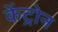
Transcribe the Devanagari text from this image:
केंट्रोन